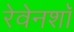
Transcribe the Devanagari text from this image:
रेवेनशॉ